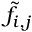
\tilde { f } _ { i , j }